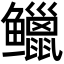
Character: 𫚭